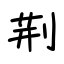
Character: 荆